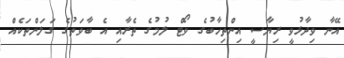
އޭނާ ވިދާޅުވީ ރިޔާސީ އިންތިހާބުގެ ވޯޓް ލުމުގެ ތެރާއި އެ ބާވަތުގެ ގަލަންތަކެއް